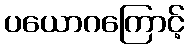
ပယောဂကြောင့်